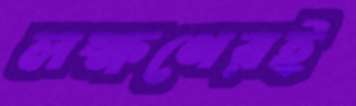
লক্ষণেরই